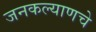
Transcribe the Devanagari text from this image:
जनकल्याणचे